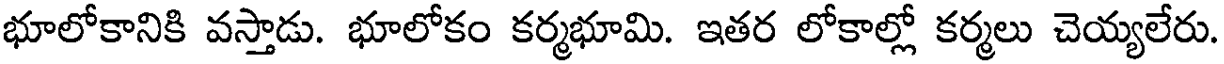
భూలోకానికి వస్తాడు. భూలోకం కర్మభూమి. ఇతర లోకాల్లో కర్మలు చెయ్యలేరు